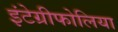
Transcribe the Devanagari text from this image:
इंटेग्रीफोलिया